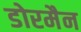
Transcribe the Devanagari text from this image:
डोरमैन